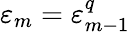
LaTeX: \varepsilon_{m}=\varepsilon_{m-1}^{q}